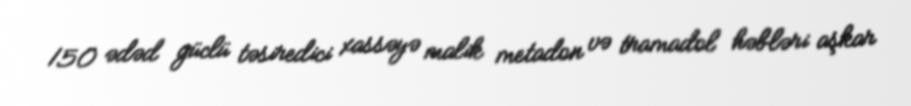
150 ədəd güclü təsiredici xassəyə malik metadon və tramadol həbləri aşkar